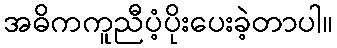
အဓိကကူညီပံ့ပိုးပေးခဲ့တာပါ။